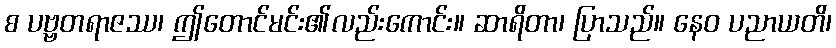
စ ပဗ္ဗတရာဇဿ၊ ဤတောင်မင်း၏လည်းကောင်း။ ဆာရိတာ၊ ပြာသည်။ နေဝ ပညာယတိ၊